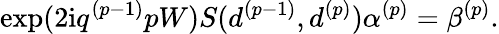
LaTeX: \exp(2\mathrm{i}q^{(p-1)}pW)S(d^{(p-1)},d^{(p)})\alpha^{(p)}=\beta^{(p)}.